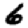
Digit: 6